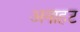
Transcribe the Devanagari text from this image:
अनाहट